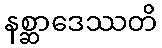
နစ္ဆာဒေဿတိ